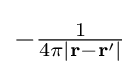
{\textstyle -{\frac {1}{4\pi \left|\mathbf {r} -\mathbf {r} '\right|}}}